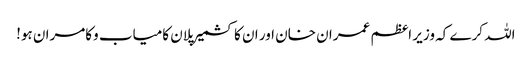
اللہ کرے کہ وزیر اعظم عمران خان اور ان کا کشمیر پلان کامیاب وکامران ہو!